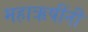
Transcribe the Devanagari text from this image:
महाऋषींनी